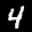
Label: 4